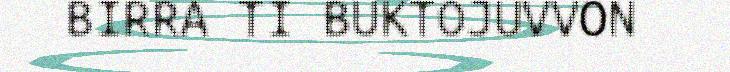
BIRRA TI BUKTOJUVVON